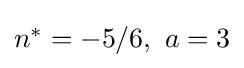
{\textstyle n^{\ast }=-5/6,\ a=3}